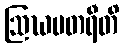
ဩဃမတရီတိ